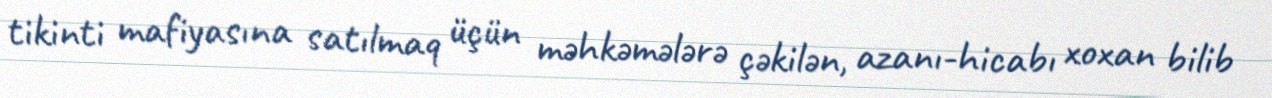
tikinti mafiyasına satılmaq üçün məhkəmələrə çəkilən, azanı-hicabı xoxan bilib